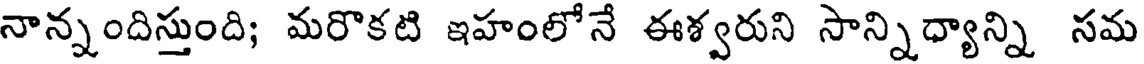
నాన్నందిస్తుంది; మరొకటి ఇహంలోనే ఈశ్వరుని సాన్నిధ్యాన్ని సమ